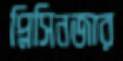
প্লিসিনজার